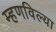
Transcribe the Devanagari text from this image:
म्हणविल्या